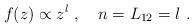
LaTeX: \begin{align*}f(z) \propto z^l\ ,\quad n = L_{12} = l\ .\end{align*}